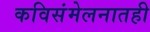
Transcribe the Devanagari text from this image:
कविसंमेलनातही